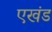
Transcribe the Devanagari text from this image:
एखंड